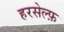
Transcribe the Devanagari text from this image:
हरसेल्फ़